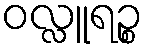
ဝလ္လူရဉ္စ